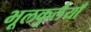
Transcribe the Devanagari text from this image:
भूलकुलैयाँ